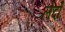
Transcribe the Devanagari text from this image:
लेर्दो